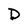
Character: D